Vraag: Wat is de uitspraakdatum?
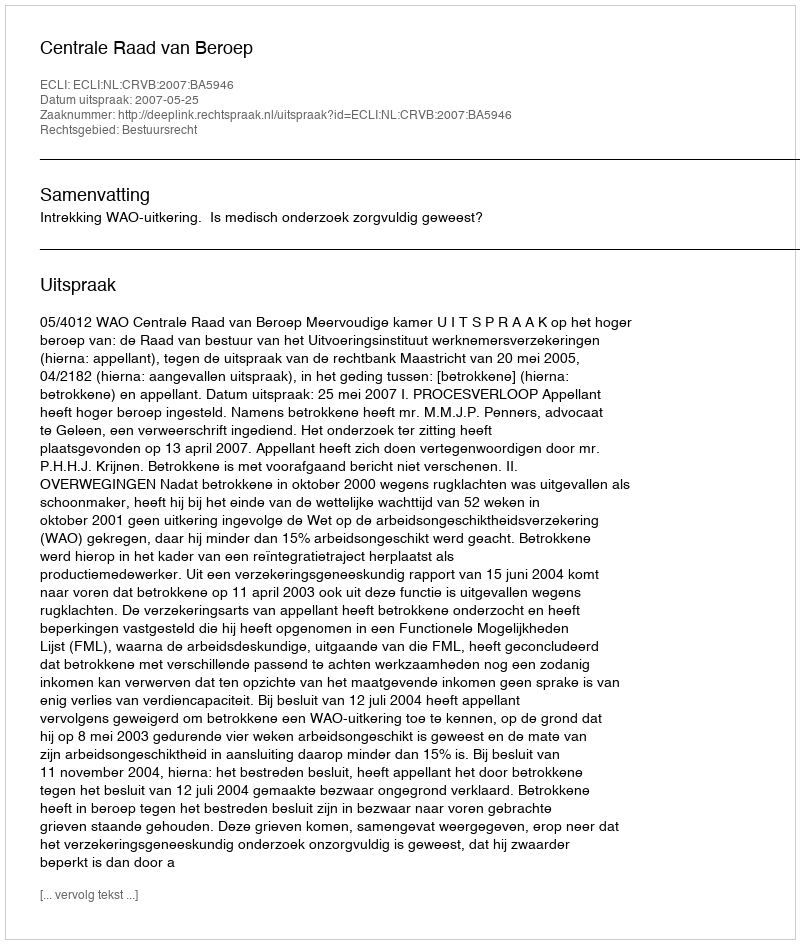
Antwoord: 2007-05-25